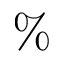
\mathrm { \% }